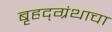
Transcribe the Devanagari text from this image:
बृहद्‌ग्रंथाचा